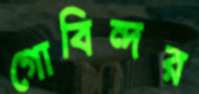
গোবিন্দর